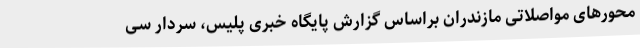
محورهای مواصلاتی مازندران براساس گزارش پایگاه خبری پلیس، سردار سی